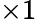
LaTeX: \times 1